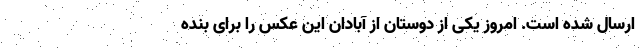
ارسال شده است. امروز یکی از دوستان از آبادان این عکس را برای بنده